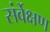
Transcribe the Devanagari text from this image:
संर्वेक्षण